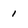
Character: 1